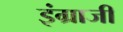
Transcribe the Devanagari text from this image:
इंग्राजी